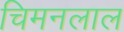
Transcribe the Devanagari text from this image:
चिमनलाल